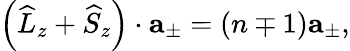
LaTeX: \left(\widehat{L}_{z}+\widehat{S}_{z}\right)\cdot\mathbf{a}_{\pm}=\left(n\mp 1\right)\mathbf{a}_{\pm},